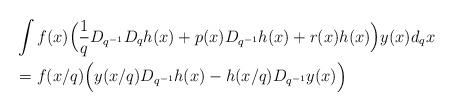
LaTeX: \begin{align*} & \int f(x) \Big( \frac{1}{q} D_{q^{-1}} D_qh(x)+ p(x) D_{q^{-1}} h(x) +r(x) h(x)\Big) y(x) d_qx \\&= f(x/q)\Big (y(x/q) D_{q^{-1}}h(x) - h(x/q) D_{q^{-1}}y(x) \Big)\end{align*}